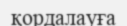
қордалауға